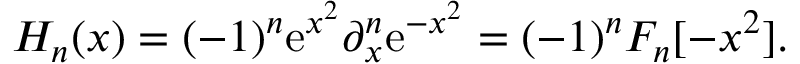
H _ { n } ( x ) = ( - 1 ) ^ { n } \mathrm { e } ^ { x ^ { 2 } } \partial _ { x } ^ { n } \mathrm { e } ^ { - x ^ { 2 } } = ( - 1 ) ^ { n } F _ { n } [ - x ^ { 2 } ] .